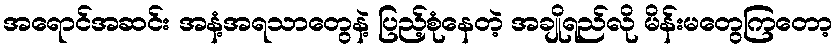
အရောင်အဆင်း အနံ့အရသာတွေနဲ့ ပြည့်စုံနေတဲ့ အချိုရည်လို မိန်းမတွေကြတော့